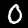
Label: 0